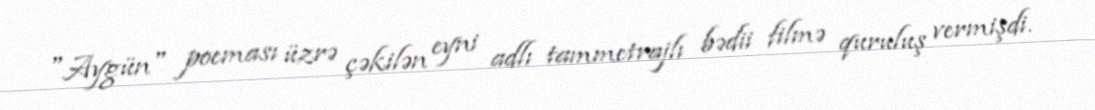
"Aygün" poeması üzrə çəkilən eyni adlı tammetrajlı bədii filmə quruluş vermişdi.